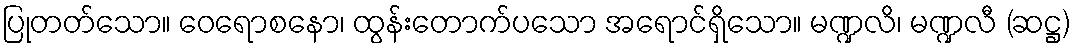
ပြုတတ်သော။ ဝေရောစနော၊ ထွန်းတောက်ပသော အရောင်ရှိသော။ မဏ္ဍလိ၊ မဏ္ဍလီ (ဆဋ္ဌ)